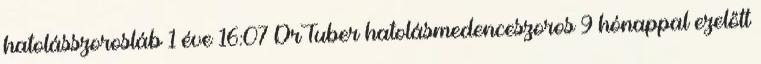
hatolásszorosláb 1 éve 16:07 DrTuber hatolásmedenceszoros 9 hónappal ezelőtt